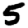
Digit: 5